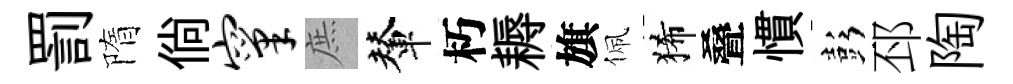
罰隋倘窠庶輦朽耨旗佩狶叠慣彭邳陶